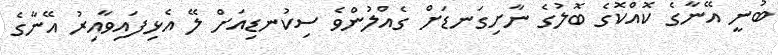
ބުނީ އޭނާގެ ކޮއްކޮގެ ބޮލުގެ ނާށިގަނޑަށް ގެއްލުންވެ ސިކުނޑިއަށް ލޭ އެޅިފައިވާއިރު އޭނާގެ